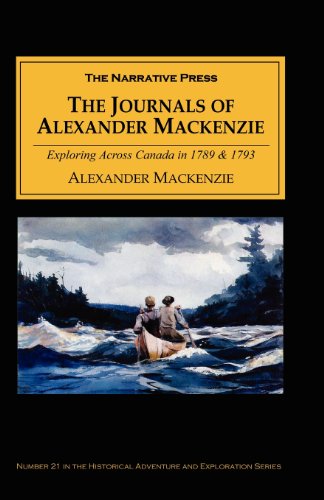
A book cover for The Journals of Alexander MacKenzie: Exploring Across Canada in 1789 & 1793; Alexander Mackenzie; Travel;